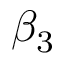
\beta _ { 3 }